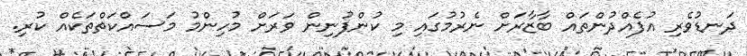
ދަނޑުވެރި އުފެއްދުންތައް ބާޒާރަށް ނެރުމުގައި މި ކުންފުނިން ވަރަށް މުހިންމު މަސައްކަތްތަކެއް ކުރި.